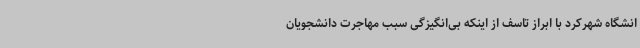
انشگاه شهرکرد با ابراز تاسف از اینکه بی‌انگیزگی سبب مهاجرت دانشجویان